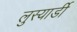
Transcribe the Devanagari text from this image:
लुस्यार्डी